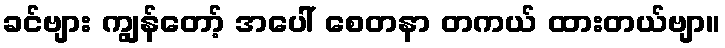
ခင်ဗျား ကျွန်တော့် အပေါ် စေတနာ တကယ် ထားတယ်ဗျာ။